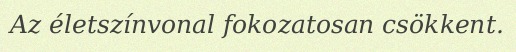
Az életszínvonal fokozatosan csökkent.